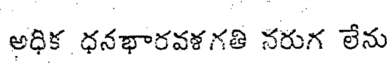
అధిక ధనభారవళగతి నరుగ లేను